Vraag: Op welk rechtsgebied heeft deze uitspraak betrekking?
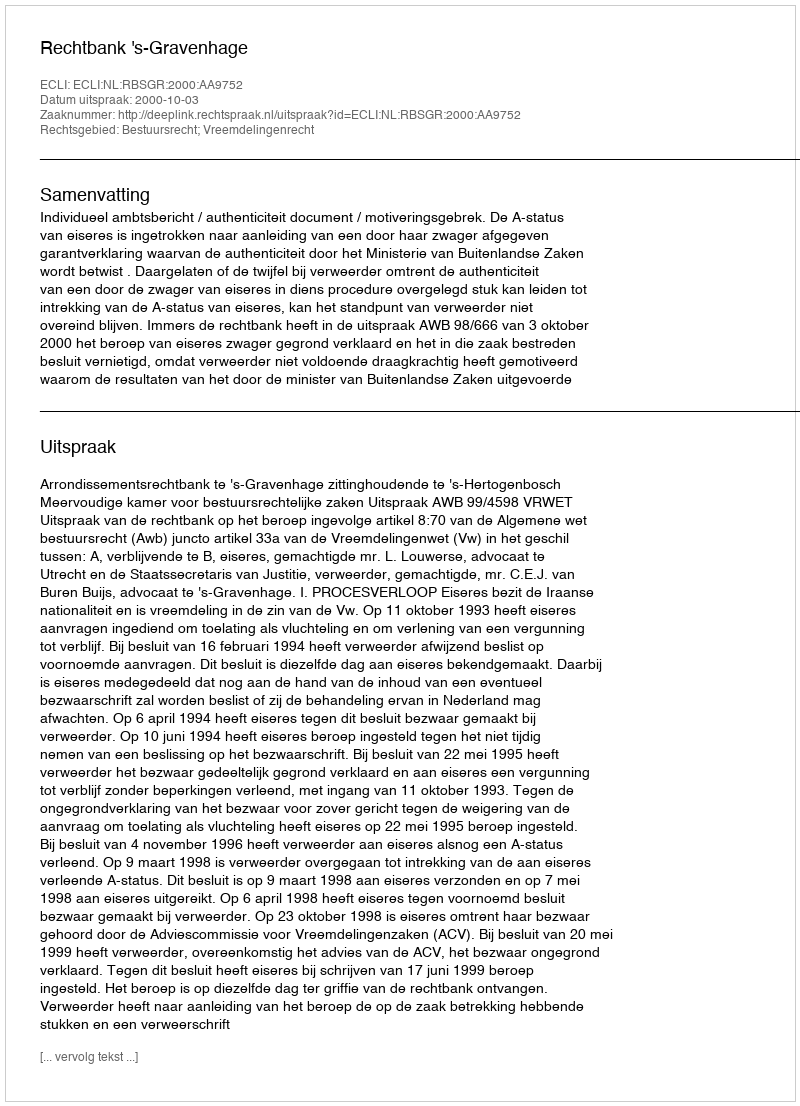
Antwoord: Bestuursrecht; Vreemdelingenrecht